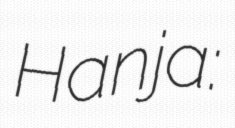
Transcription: Hanja: